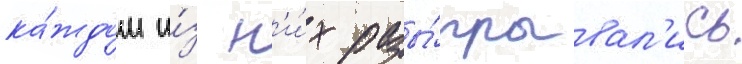
ка́ждом и́з н'и́х разы́грывал'ись